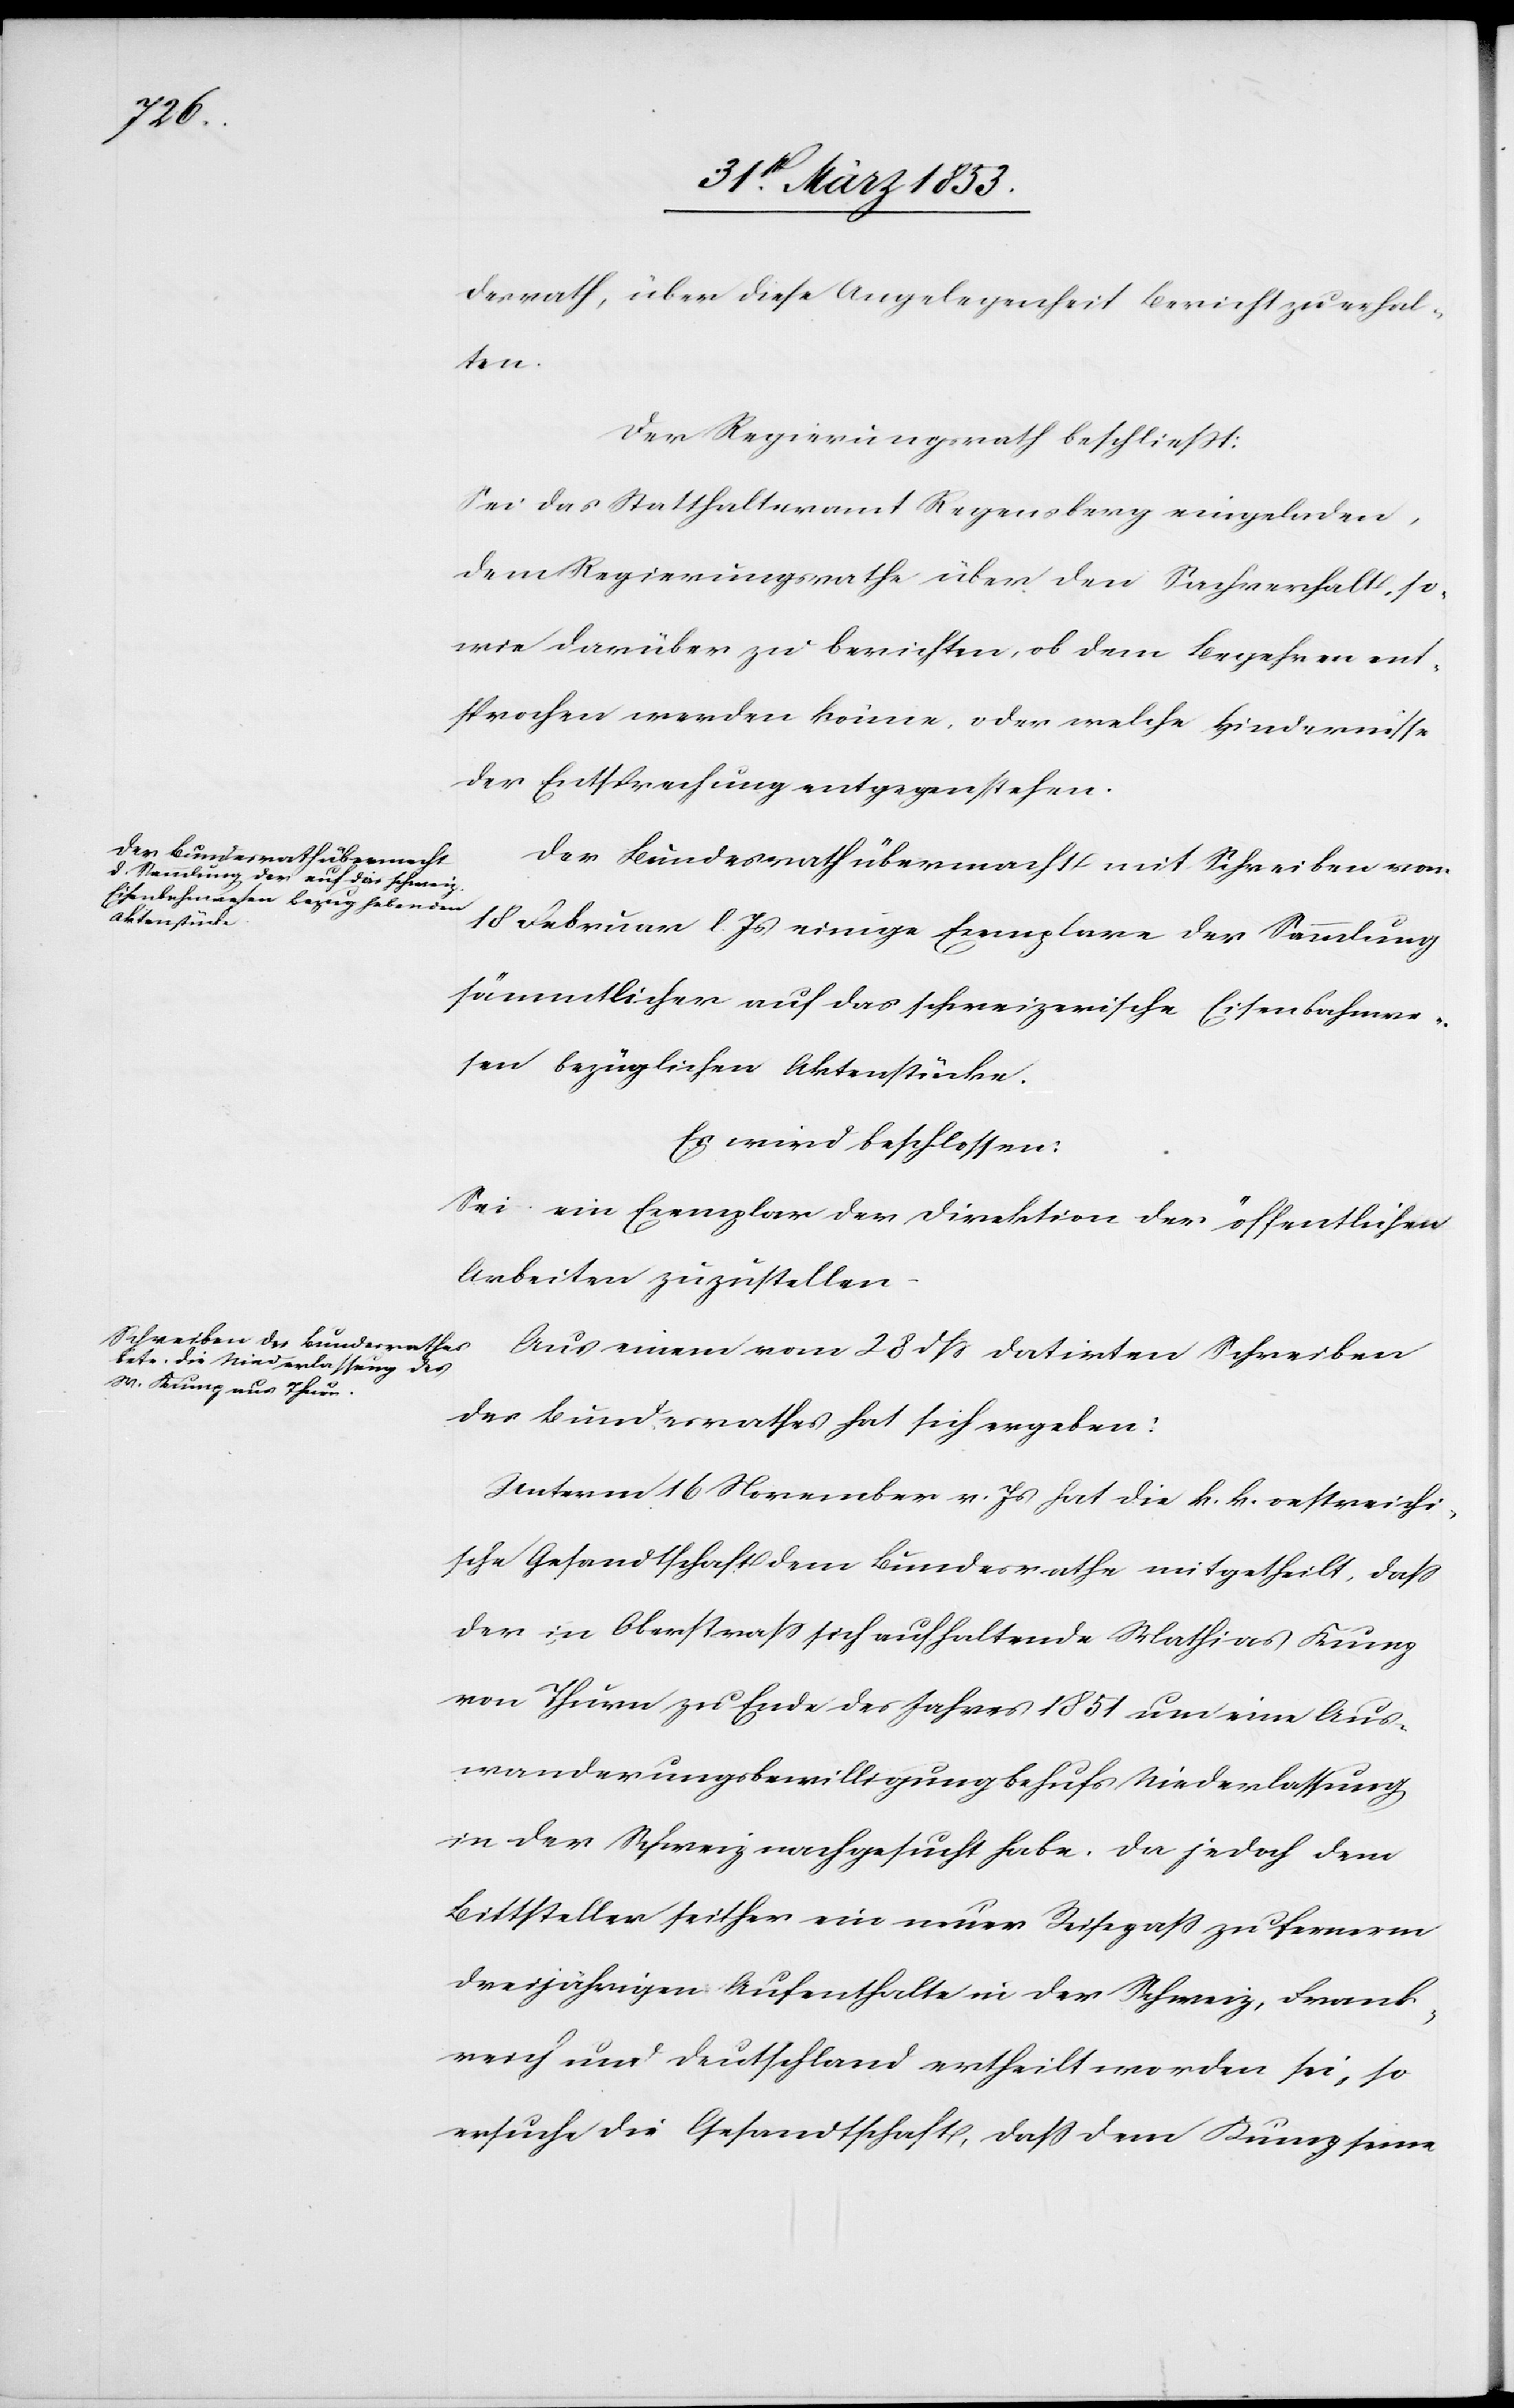
desrath, über diese Angelegenheit Bericht zu erstat¬
ten.
Der Regierungsrath beschließt:
Sei das Statthalteramt Regensberg eingeladen,
dem Regierungsrathe über den Sachverhalt, so¬
wie darüber zu berichten, ob dem Begehren ent¬
sprochen werden könne, oder welche Hindernisse
der Entsprechung entgegen stehen.
Der Bundesrath übermacht mit Schreiben vom
18 Februar l. Js. einige Exemplare der Sammlung
sämmtlicher auf das schweizerische Eisenbahnwe¬
sen bezüglichen Aktenstücke.
Es wird beschlossen:
Sei ein Exemplar der Direktion der öffentlichen
Arbeiten zuzustellen.
Aus einem vom 28 dß datirten Schreiben
des Bundesrathes hat sich ergeben:
Unterm 6 November v. Js. hat die k. k. oestreichi¬
sche Gesandtschaft dem Bundesrathe mitgetheilt, daß
der in Oberstraß sich aufhaltende Mathias Kunz
von Thun zu Ende des Jahres 1851 um eine Aus¬
wanderungsbewilligung behufs Niederlassung
in der Schweiz nachgesucht habe. Da jedoch dem
Bittsteller seither ein neuer Reisepaß zu fernerm
dreijährigen Aufenthalte ertheilt worden sei, so
ersuche die Gesandtschaft, daß dem Kunz seine